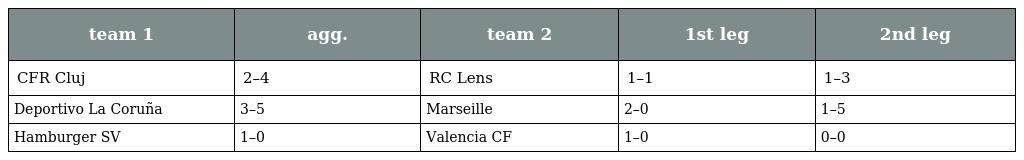
| team 1 | agg. | team 2 | 1st leg | 2nd leg |
 | --- | --- | --- | --- | --- |
 | CFR Cluj | 2–4 | RC Lens | 1–1 | 1–3 |
 | Deportivo La Coruña | 3–5 | Marseille | 2–0 | 1–5 |
 | Hamburger SV | 1–0 | Valencia CF | 1–0 | 0–0 |